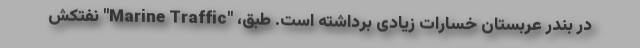
در بندر عربستان خسارات زیادی برداشته است. طبق، "Marine Traffic" نفتکش